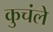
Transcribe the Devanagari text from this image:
कुचंले